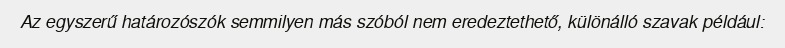
Az egyszerű határozószók semmilyen más szóból nem eredeztethető, különálló szavak például: